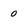
Character: o